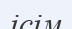
ісім